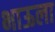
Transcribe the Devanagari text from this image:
भाऊला